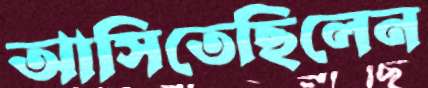
আসিতেছিলেন